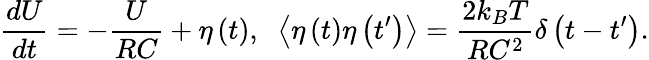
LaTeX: {\frac{dU}{dt}}=-{\frac{U}{RC}}+\eta\left(t\right),\; \; \left\langle\eta\left(t\right)\eta\left(t^{\prime}\right)\right\rangle={\frac{2k_{B}T}{RC^{2}}}\delta\left(t-t^{\prime}\right).